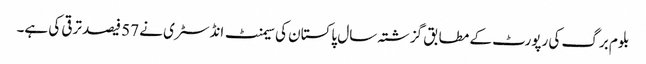
بلوم برگ کی رپورٹ کے مطابق گزشتہ سال پاکستان کی سیمنٹ انڈسٹری نے 57 فیصد ترقی کی ہے۔